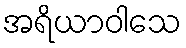
အရိယာဝါသေ